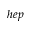
h e p